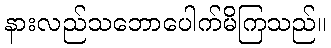
နားလည်သဘောပေါက်မိကြသည်။